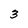
Character: 3